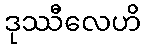
ဒုဿီလေဟိ